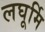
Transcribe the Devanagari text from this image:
लघूर्मि